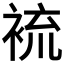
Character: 裗